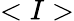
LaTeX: <I>